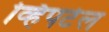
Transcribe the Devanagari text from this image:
व्हिपटेल